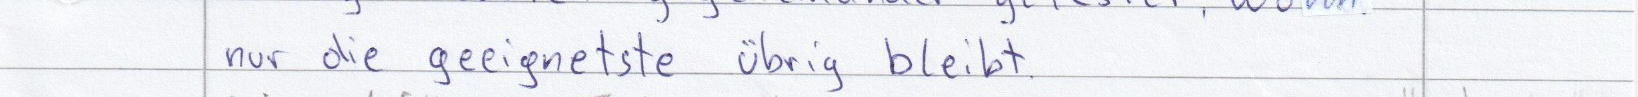
nur die geeignetste übrig bleibt